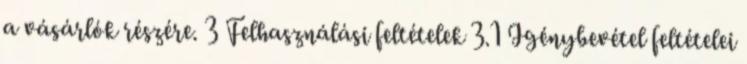
a vásárlók részére. 3 Felhasználási feltételek 3.1 Igénybevétel feltételei